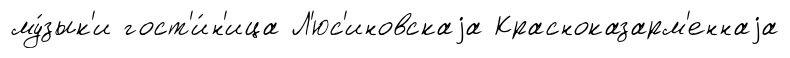
му́зык'и гост'и́н'ица Л'юс'иновскаjа Красноказарм'еннаjа